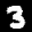
Label: 3